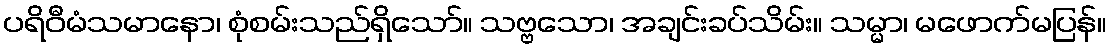
ပရိဝီမံသမာနော၊ စုံစမ်းသည်ရှိသော်။ သဗ္ဗသော၊ အချင်းခပ်သိမ်း။ သမ္မာ၊ မဖောက်မပြန်။